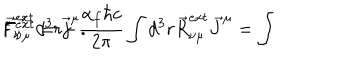
F _ { \nu } ^ { e x t } = \, - \frac { \alpha _ { f } \hbar c } { 2 \pi } \int d ^ { 3 } r \vec { R } _ { \nu \mu } ^ { e x t } \vec { J } ^ { \mu } = \int \hspace { 0 . 5 m m } { ^ * } \hspace { - 0 . 8 m m } \vec { F } _ { \nu \mu } ^ { e x t } d ^ { 3 } r \vec { j } ^ { \mu } .